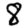
Digit: 8